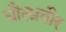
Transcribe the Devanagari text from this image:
धौलावीर